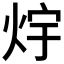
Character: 𭴟